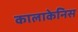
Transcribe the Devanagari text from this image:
कालाकेनिस